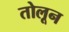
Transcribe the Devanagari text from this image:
तोलून